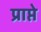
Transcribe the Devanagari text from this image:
प्राप्ते